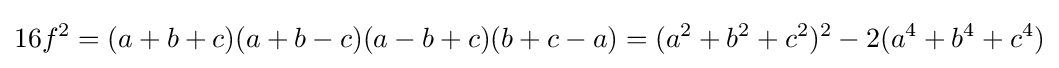
16f^{2}=(a+b+c)(a+b-c)(a-b+c)(b+c-a)=(a^{2}+b^{2}+c^{2})^{2}-2(a^{4}+b^{4}+c^{4})